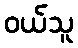
ဝယ်သူ